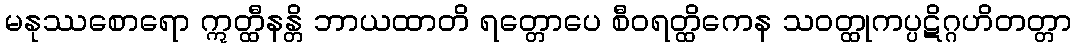
မနုဿစောရော ဣတ္ထီနန္တိ ဘာယထာတိ ရတ္တောပေ စီဝရတ္ထိကေန သဝတ္ထုကပ္ပဋိဂ္ဂဟိတတ္တာ